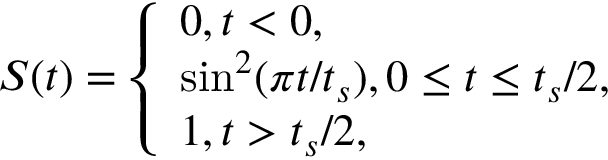
\begin{array} { r } { S ( t ) = \left\{ \begin{array} { l l } { 0 , t < 0 , } \\ { \sin ^ { 2 } ( \pi t / t _ { s } ) , 0 \leq t \leq t _ { s } / 2 , } \\ { 1 , t > t _ { s } / 2 , } \end{array} \right. } \end{array}